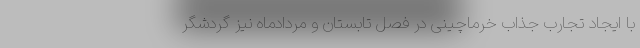
با ایجاد تجارب جذاب خرماچینی در فصل تابستان و مردادماه نیز گردشگر